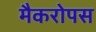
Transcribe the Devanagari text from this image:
मैकरोपस